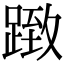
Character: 𨂤